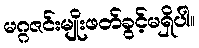
မဂ္ဂဇင်းမျိုးဖတ်ခွင့်မရှိပါ။